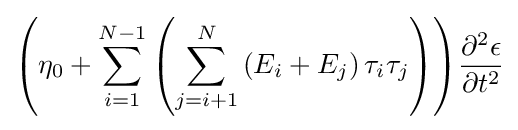
{\left({\eta _{0}+\sum _{i=1}^{N-1}{\left({\sum _{j=i+1}^{N}{\left({E_{i}+E_{j}}\right)\tau _{i}\tau _{j}}}\right)}}\right)}{\frac {\partial ^{2}{\epsilon }}{\partial {t}^{2}}}